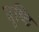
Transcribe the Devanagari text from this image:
बृष्टि